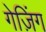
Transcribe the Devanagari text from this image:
गेज़िंग